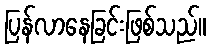
ပြန်လာနေခြင်းဖြစ်သည်။